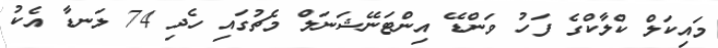
މައިކަލް ކްލާކްގެ ފަހު ވަންޑޭ އިންޓަނޭޝަނަލް މެޗުގައި ހެދި 74 ލަނޑާ އެކު